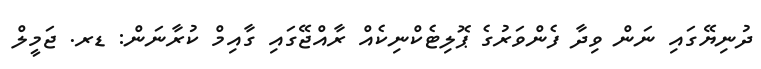
ދުނިޔޭގައި ނަން ވިދާ ފެންވަރުގެ ޕޮލިޓެކްނިކެއް ރާއްޖޭގައި ގާއިމް ކުރާނަން: ޑރ. ޖަމީލް